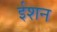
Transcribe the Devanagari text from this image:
ईशन